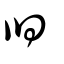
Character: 臼